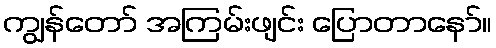
ကျွန်တော် အကြမ်းဖျင်း ပြောတာနော်။